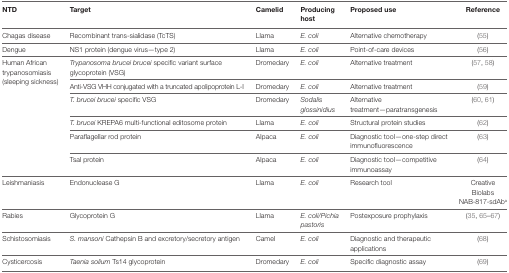
<table><thead><tr><td><b>NTD</b></td><td><b>Target</b></td><td><b>Camelid</b></td><td><b>Producing host</b></td><td><b>Proposed use</b></td><td><b>Reference</b></td></tr></thead><tbody><tr><td>Chagas disease</td><td>Recombinant trans-sialidase (TcTS)</td><td>Llama</td><td><i>E. coli</i></td><td>Alternative chemotherapy</td><td>(55)</td></tr><tr><td>Dengue</td><td>NS1 protein (dengue virus—type 2)</td><td>Llama</td><td><i>E. coli</i></td><td>Point-of-care devices</td><td>(56)</td></tr><tr><td rowspan="6">Human African trypanosomiasis (sleeping sickness)</td><td><i>Trypanosoma brucei brucei</i> specific variant surface glycoprotein (VSG)</td><td>Dromedary</td><td><i>E. coli</i></td><td>Alternative treatment</td><td>(57, 58)</td></tr><tr><td>Anti-VSG VHH conjugated with a truncated apolipoprotein L-I</td><td>Dromedary</td><td><i>E. coli</i></td><td>Alternative treatment</td><td>(59)</td></tr><tr><td><i>T. brucei brucei</i> specific VSG</td><td>Dromedary</td><td><i>Sodalis glossinidius</i></td><td>Alternative treatment—paratransgenesis</td><td>(60, 61)</td></tr><tr><td><i>T. brucei</i> KREPA6 multi-functional editosome protein</td><td>Llama</td><td><i>E. coli</i></td><td>Structural protein studies</td><td>(62)</td></tr><tr><td>Paraflagellar rod protein</td><td>Alpaca</td><td><i>E. coli</i></td><td>Diagnostic tool—one-step direct immunofluorescence</td><td>(63)</td></tr><tr><td>Tsal protein</td><td>Alpaca</td><td><i>E. coli</i></td><td>Diagnostic tool—competitive immunoassay</td><td>(64)</td></tr><tr><td>Leishmaniasis</td><td>Endonuclease G</td><td>Llama</td><td><i>E. coli</i></td><td>Research tool</td><td>Creative Biolabs NAB-817-sdAb<sup>a</sup></td></tr><tr><td>Rabies</td><td>Glycoprotein G</td><td>Llama</td><td><i>E. coli/Pichia pastoris</i></td><td>Postexposure prophylaxis</td><td>(35, 65–67)</td></tr><tr><td>Schistosomiasis</td><td><i>S. mansoni</i> Cathepsin B and excretory/secretory antigen</td><td>Camel</td><td><i>E. coli</i></td><td>Diagnostic and therapeutic applications</td><td>(68)</td></tr><tr><td>Cysticercosis</td><td><i>Taenia solium</i> Ts14 glycoprotein</td><td>Dromedary</td><td><i>E. coli</i></td><td>Specific diagnostic assay</td><td>(69)</td></tr></tbody></table>